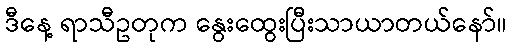
ဒီနေ့ ရာသီဥတုက နွေးထွေးပြီးသာယာတယ်နော်။